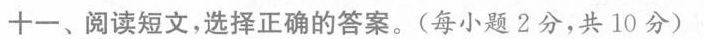
十一、阅读短文,选择正确的答案.(每小题 2分,共 10 分)